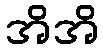
အိအိ